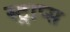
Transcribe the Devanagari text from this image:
स्ट्राप्स